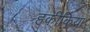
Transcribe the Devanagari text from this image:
हकीकिया